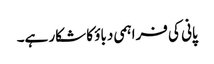
پانی کی فراہمی دباؤ کا شکار ہے۔